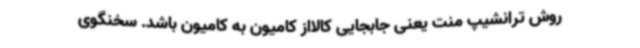
روش ترانشیپ منت یعنی جابجایی کالااز کامیون به کامیون باشد. سخنگوی